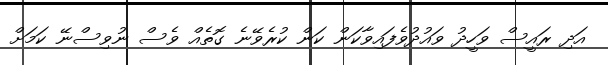
އަދި ރައީސް ވަހީދު ވައުދުވެފައިވާކަން ކަން ކުރެވޭނެ ގޮތެއް ވެސް ނުވިސްނޭ ކަމަށް